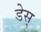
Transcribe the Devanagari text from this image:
डेस्